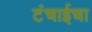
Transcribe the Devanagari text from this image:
टंचाईचा